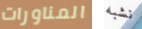
المناورات نشبه